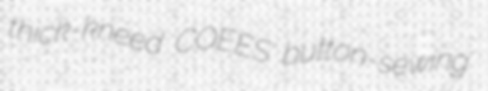
thick-kneed COEES button-sewing